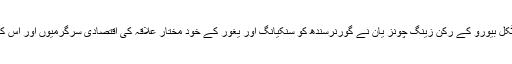
وفد کے سربراہ اور کمیونسٹ پارٹی کے پولیٹکل بیورو کے رکن زینگ چونز یان نے گورنرسندھ کو سنکیانگ اور یغور کے خود مختار علاقہ کی اقتصادی سرگرمیوں اور اس کے محل وقوع کی اہمیت کے بارے میں بتایا ۔